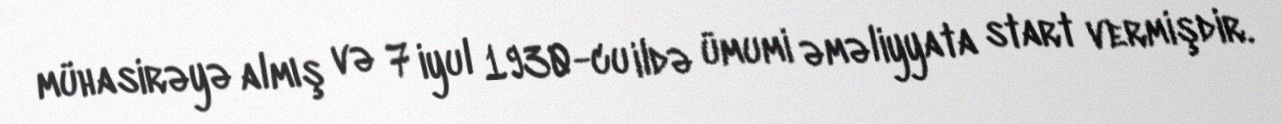
mühasirəyə almış və 7 iyul 1930-cu ildə ümumi əməliyyata start vermişdir.